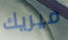
ميريك